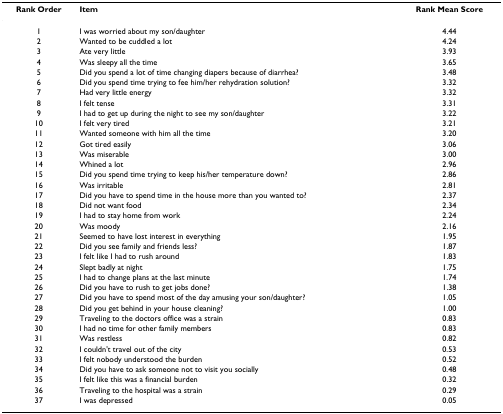
<table><thead><tr><td><b>Rank Order</b></td><td><b>Item</b></td><td><b>Rank Mean Score</b></td></tr></thead><tbody><tr><td>1</td><td>I was worried about my son/daughter</td><td>4.44</td></tr><tr><td>2</td><td>Wanted to be cuddled a lot</td><td>4.24</td></tr><tr><td>3</td><td>Ate very little</td><td>3.93</td></tr><tr><td>4</td><td>Was sleepy all the time</td><td>3.65</td></tr><tr><td>5</td><td>Did you spend a lot of time changing diapers because of diarrhea?</td><td>3.48</td></tr><tr><td>6</td><td>Did you spend time trying to fee him/her rehydration solution?</td><td>3.32</td></tr><tr><td>7</td><td>Had very little energy</td><td>3.32</td></tr><tr><td>8</td><td>I felt tense</td><td>3.31</td></tr><tr><td>9</td><td>I had to get up during the night to see my son/daughter</td><td>3.22</td></tr><tr><td>10</td><td>I felt very tired</td><td>3.21</td></tr><tr><td>11</td><td>Wanted someone with him all the time</td><td>3.20</td></tr><tr><td>12</td><td>Got tired easily</td><td>3.06</td></tr><tr><td>13</td><td>Was miserable</td><td>3.00</td></tr><tr><td>14</td><td>Whined a lot</td><td>2.96</td></tr><tr><td>15</td><td>Did you spend time trying to keep his/her temperature down?</td><td>2.86</td></tr><tr><td>16</td><td>Was irritable</td><td>2.81</td></tr><tr><td>17</td><td>Did you have to spend time in the house more than you wanted to?</td><td>2.37</td></tr><tr><td>18</td><td>Did not want food</td><td>2.34</td></tr><tr><td>19</td><td>I had to stay home from work</td><td>2.24</td></tr><tr><td>20</td><td>Was moody</td><td>2.16</td></tr><tr><td>21</td><td>Seemed to have lost interest in everything</td><td>1.95</td></tr><tr><td>22</td><td>Did you see family and friends less?</td><td>1.87</td></tr><tr><td>23</td><td>I felt like I had to rush around</td><td>1.83</td></tr><tr><td>24</td><td>Slept badly at night</td><td>1.75</td></tr><tr><td>25</td><td>I had to change plans at the last minute</td><td>1.74</td></tr><tr><td>26</td><td>Did you have to rush to get jobs done?</td><td>1.38</td></tr><tr><td>27</td><td>Did you have to spend most of the day amusing your son/daughter?</td><td>1.05</td></tr><tr><td>28</td><td>Did you get behind in your house cleaning?</td><td>1.00</td></tr><tr><td>29</td><td>Traveling to the doctors office was a strain</td><td>0.83</td></tr><tr><td>30</td><td>I had no time for other family members</td><td>0.83</td></tr><tr><td>31</td><td>Was restless</td><td>0.82</td></tr><tr><td>32</td><td>I couldn&#x27;t travel out of the city</td><td>0.53</td></tr><tr><td>33</td><td>I felt nobody understood the burden</td><td>0.52</td></tr><tr><td>34</td><td>Did you have to ask someone not to visit you socially</td><td>0.48</td></tr><tr><td>35</td><td>I felt like this was a financial burden</td><td>0.32</td></tr><tr><td>36</td><td>Traveling to the hospital was a strain</td><td>0.29</td></tr><tr><td>37</td><td>I was depressed</td><td>0.05</td></tr></tbody></table>